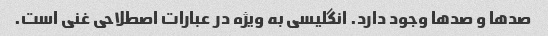
صدها و صدها وجود دارد. انگلیسی به ویژه در عبارات اصطلاحی غنی است.